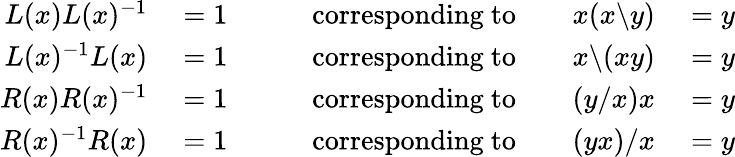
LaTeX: \begin{array}{rlrl}{L(x)L(x)^{-1}}&{{}=1\qquad}&{{\mathrm{corresponding~to}}\qquad x(x\backslash y)}&{{}=y}\\ {L(x)^{-1}L(x)}&{{}=1\qquad}&{{\mathrm{corresponding~to}}\qquad x\backslash(xy)}&{{}=y}\\ {R(x)R(x)^{-1}}&{{}=1\qquad}&{{\mathrm{corresponding~to}}\qquad(y/x)x}&{{}=y}\\ {R(x)^{-1}R(x)}&{{}=1\qquad}&{{\mathrm{corresponding~to}}\qquad(yx)/x}&{{}=y}\end{array}